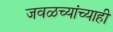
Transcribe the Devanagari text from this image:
जवळच्यांच्याही